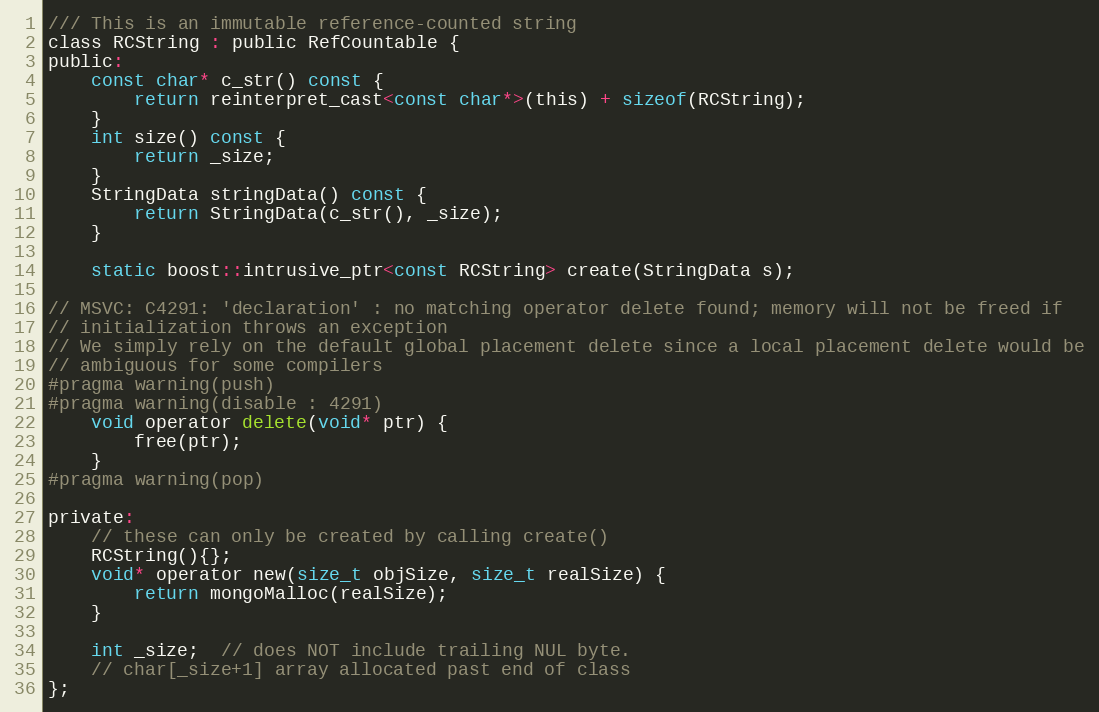
Language: C
/// This is an immutable reference-counted string
class RCString : public RefCountable {
public:
    const char* c_str() const {
        return reinterpret_cast<const char*>(this) + sizeof(RCString);
    }
    int size() const {
        return _size;
    }
    StringData stringData() const {
        return StringData(c_str(), _size);
    }

    static boost::intrusive_ptr<const RCString> create(StringData s);

// MSVC: C4291: 'declaration' : no matching operator delete found; memory will not be freed if
// initialization throws an exception
// We simply rely on the default global placement delete since a local placement delete would be
// ambiguous for some compilers
#pragma warning(push)
#pragma warning(disable : 4291)
    void operator delete(void* ptr) {
        free(ptr);
    }
#pragma warning(pop)

private:
    // these can only be created by calling create()
    RCString(){};
    void* operator new(size_t objSize, size_t realSize) {
        return mongoMalloc(realSize);
    }

    int _size;  // does NOT include trailing NUL byte.
    // char[_size+1] array allocated past end of class
};